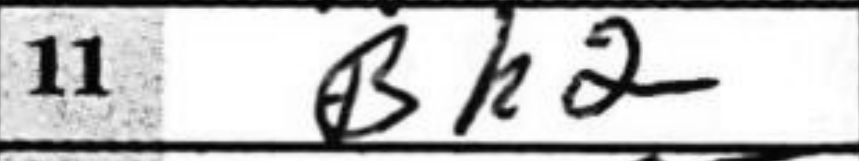
Transcription: Bh2